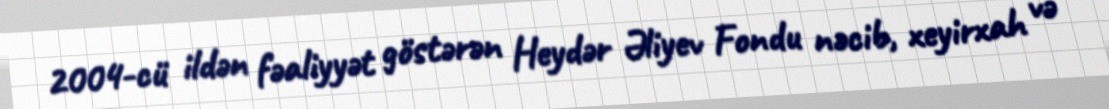
2004-cü ildən fəaliyyət göstərən Heydər Əliyev Fondu nəcib, xeyirxah və